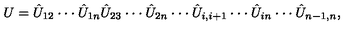
U = \hat { U } _ { 1 2 } \cdot \cdot \cdot \hat { U } _ { 1 n } \hat { U } _ { 2 3 } \cdot \cdot \cdot \hat { U } _ { 2 n } \cdot \cdot \cdot \hat { U } _ { i , i + 1 } \cdot \cdot \cdot \hat { U } _ { i n } \cdot \cdot \cdot \hat { U } _ { n - 1 , n } ,